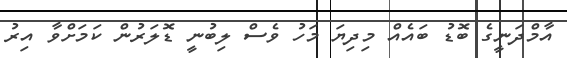
އާމްދަނީގެ ބޮޑު ބައެއް މިދިޔަ މަހު ވެސް ލިބުނީ ޑޮލަރުން ކަމަށްވާ އިރު